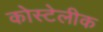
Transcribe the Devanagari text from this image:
कोस्टेलीक